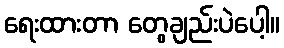
ရေးထားတာ တွေချည်းပဲပေါ့။